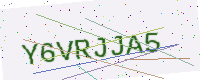
Text: Y6VRJJA5